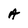
Character: A